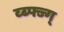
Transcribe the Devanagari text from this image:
व्ब्फ्ज्ग्